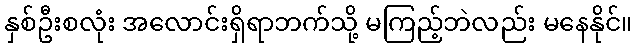
နှစ်ဦးစလုံး အလောင်းရှိရာဘက်သို့ မကြည့်ဘဲလည်း မနေနိုင်။